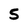
Character: 5